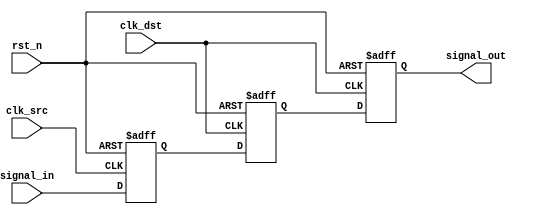
module signal_level_crossing_synchronizer #(
    parameter WIDTH = 1  // Width of the signal to be synchronized
)(
    input  wire         clk_src,      // Source clock
    input  wire         clk_dst,      // Destination clock
    input  wire         rst_n,        // Asynchronous active-low reset
    input  wire [WIDTH-1:0] signal_in, // Input signal from source clock domain
    output reg  [WIDTH-1:0] signal_out // Synchronized output signal in destination clock domain
);

    // Internal registers for the dual flip-flop synchronizer
    reg [WIDTH-1:0] sync_ff1; // First flip-flop output
    reg [WIDTH-1:0] sync_ff2; // Second flip-flop output

    // First flip-flop: samples the incoming signal on the source clock
    always @(posedge clk_src or negedge rst_n) begin
        if (!rst_n) begin
            sync_ff1 <= {WIDTH{1'b0}}; // Initialize to known state
        end else begin
            sync_ff1 <= signal_in; // Capture the incoming signal
        end
    end

    // Second flip-flop: samples the output of the first flip-flop on the destination clock
    always @(posedge clk_dst or negedge rst_n) begin
        if (!rst_n) begin
            sync_ff2 <= {WIDTH{1'b0}}; // Initialize to known state
        end else begin
            sync_ff2 <= sync_ff1; // Capture the output of the first flip-flop
        end
    end

    // Output assignment
    always @(posedge clk_dst or negedge rst_n) begin
        if (!rst_n) begin
            signal_out <= {WIDTH{1'b0}}; // Initialize to known state
        end else begin
            signal_out <= sync_ff2; // Output the synchronized signal
        end
    end

endmodule